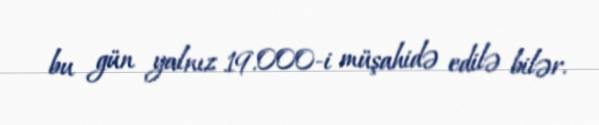
bu gün yalnız 19.000-i müşahidə edilə bilər.